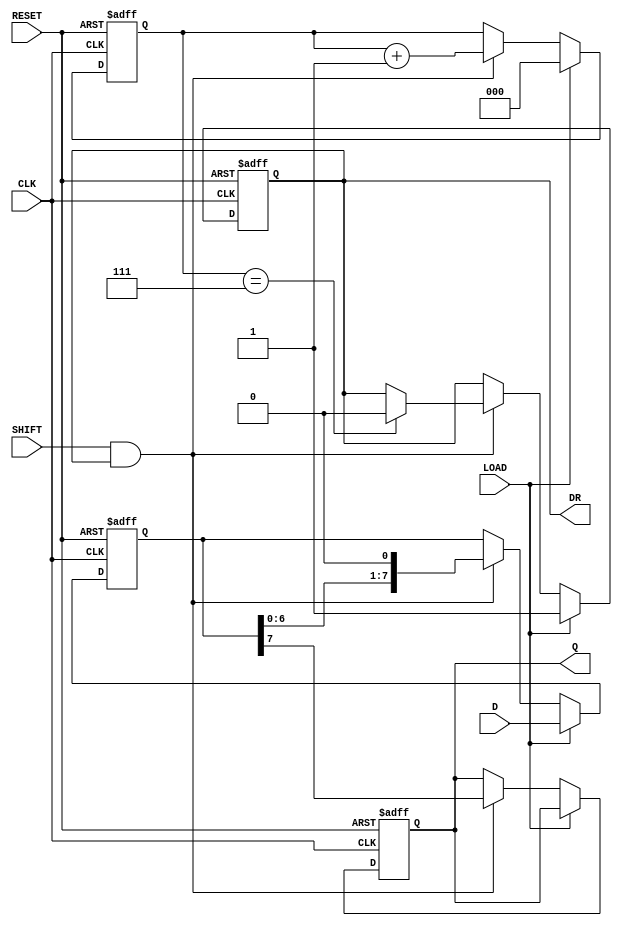
module PISO_Register (
    input wire [7:0] D,      // 8-bit parallel data input
    input wire LOAD,         // Load control signal
    input wire SHIFT,        // Shift control signal
    input wire CLK,          // Clock signal
    input wire RESET,        // Asynchronous reset signal
    output reg Q,            // Serial output
    output reg DR            // Data ready output (optional)
);

    reg [7:0] REG;          // 8-bit storage register
    reg [2:0] bit_count;    // Counter for shifted bits

    always @(posedge CLK or posedge RESET) begin
        if (RESET) begin
            REG <= 8'b0;    // Clear the register on reset
            bit_count <= 3'b0; // Clear bit counter
            Q <= 1'b0;      // Reset serial output
            DR <= 1'b0;     // Data not ready
        end else if (LOAD) begin
            REG <= D;       // Load data from parallel input
            bit_count <= 3'b0; // Reset bit counter after loading
            DR <= 1'b1;     // Indicate data is ready to be shifted
        end else if (SHIFT && DR) begin
            Q <= REG[7];    // Output the MSB
            REG <= {REG[6:0], 1'b0}; // Shift left
            bit_count <= bit_count + 1; // Increment bit counter

            // If all bits have been shifted out, clear DR
            if (bit_count == 3'd7) begin
                DR <= 1'b0; // Data not ready after shifting complete
            end
        end
    end

endmodule